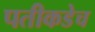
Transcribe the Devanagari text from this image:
पतीकडेच